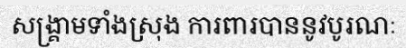
សង្គ្រាមទាំងស្រុង ការពារបាននូវបូរណៈ